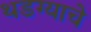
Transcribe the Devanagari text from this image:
थडग्याचे